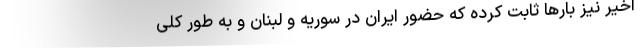
اخیر نیز بارها ثابت کرده که حضور ایران در سوریه و لبنان و به طور کلی